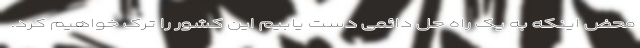
محض اینکه به یک راه حل دائمی دست یابیم این کشور را ترک خواهیم کرد.